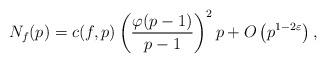
LaTeX: \begin{align*} N_{f}(p)= c(f,p)\left (\frac{\varphi(p-1)}{p-1} \right )^2p +O\left(p^{1-2\varepsilon}\right),\end{align*}